Annual administration report of the Civil Veterinary Department of India - 1897-1898
Year: 1897
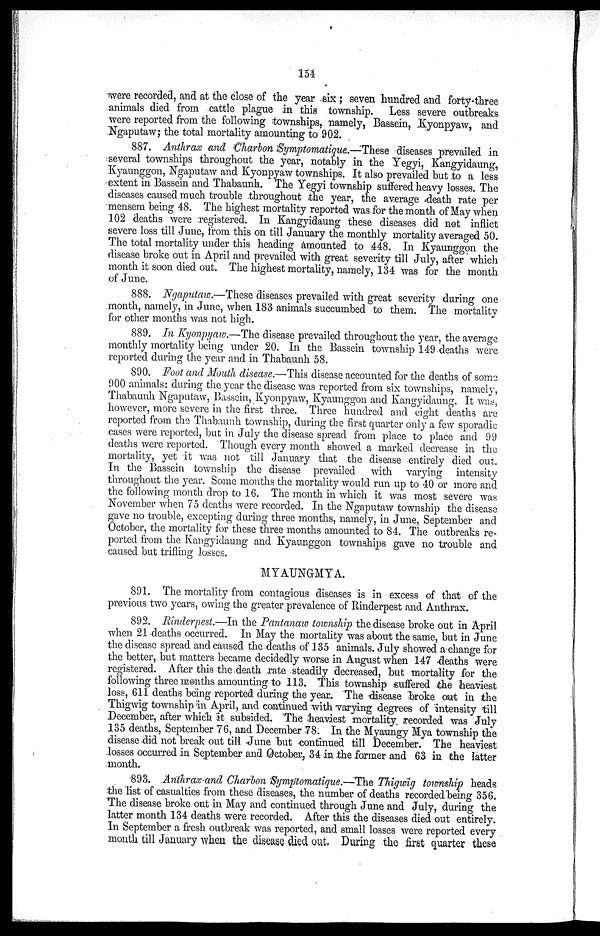
154
were recorded, and at the close of the year six; seven hundred and forty-three
animals died from cattle plague in this township. Less severe outbreaks
were reported from the following townships, namely, Bassein, Kyonpyaw, and
Ngaputaw; the total mortality amounting to 902.
887. Anthrax and Charbon Symptomatique.—These diseases prevailed in
several townships throughout the year, notably in the Yegyi, Kangyidaung,
Kyaunggon, Ngaputaw and Kyonpyaw townships. It also prevailed but to a less
extent in Bassein and Thabaunh. The Yegyi township suffered heavy losses. The
diseases caused much trouble throughout the year, the average death rate per
mensem being 48. The highest mortality reported was for the month of May when
102 deaths were registered. In Kangyidaung these diseases did not inflict
severe loss till June, from this on till January the monthly mortality averaged 50.
The total mortality under this heading amounted to 448. In Kyaunggon the
disease broke out in April and prevailed with great severity till July, after which
month it soon died out. The highest mortality, namely, 134 was for the month
of June.
888. Ngaputaw.—These diseases prevailed with great severity during one
month, namely, in June, when 183 animals succumbed to them. The mortality
for other months was not high.
889. In Kyonpyaw.—The disease prevailed throughout the year, the average
monthly mortality being under 20. In the Bassein township 149 deaths were
reported during the year and in Thabaunh 58.
890. Foot and Mouth disease.—This disease accounted for the deaths of some
900 animals: during the year the disease was reported from six townships, namely,
Thabaunh Ngaputaw, Bassein, Kyonpyaw, Kyaunggon and Kangyidaung. It was,
however, more severe in the first three. Three hundred and eight deaths are
reported from the Thabaunh township, during the first quarter only a few sporadic
cases were reported, but in July the disease spread from place to place and 99
deaths were reported. Though every month showed a marked decrease in the
mortality, yet it was not till January that the disease entirely died out.
In the Bassein township the disease prevailed with varying intensity
throughout the year. Some months the mortality would run up to 40 or more and
the following month drop to 16. The month in which it was most severe was
November when 75 deaths were recorded. In the Ngaputaw township the disease
gave no trouble, excepting during three months, namely, in June, September and
October, the mortality for these three months amounted to 84. The outbreaks re-
ported from the Kangyidaung and Kyaunggon townships gave no trouble and
caused but trifling losses.
MYAUNGMYA.
891. The mortality from contagious diseases is in excess of that of the
previous two years, owing the greater prevalence of Rinderpest and Anthrax.
892. Rinderpest.—In the Pantanaw township the disease broke out in April
when 21 deaths occurred. In May the mortality was about the same, but in June
the disease spread and caused the deaths of 135 animals. July showed a change for
the better, but matters became decidedly worse in August when 147 deaths were
registered. After this the death rate steadily decreased, but mortality for the
following three months amounting to 113. This township suffered the heaviest
loss, 611 deaths being reported during the year. The disease broke out in the
Thigwig township in April, and continued with varying degrees of intensity till
December, after which it subsided. The heaviest mortality recorded was July
135 deaths, September 76, and December 78. In the Myaungy Mya township the
disease did not break out till June but continued till December. The heaviest
losses occurred in September and October, 34 in the former and 63 in the latter
month.
893. Anthrax and Charbon Symptomatique.—The Thigwig township heads
the list of casualties from these diseases, the number of deaths recorded being 356.
The disease broke out in May and continued through June and July, during the
latter month 134 deaths were recorded. After this the diseases died out entirely.
In September a fresh outbreak was reported, and small losses were reported every
month till January when the disease died out. During the first quarter these